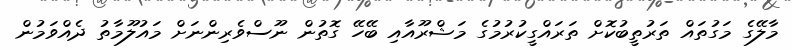
މާލޭގެ މަގުތައް ތަރުތީބުކޮށް ތަރައްގީކުރުމުގެ މަޝްރޫއާއި ބޭހޭ ގޮތުން ނޫސްވެރިންނަށް މައުލޫމާތު ދެއްވަމުން